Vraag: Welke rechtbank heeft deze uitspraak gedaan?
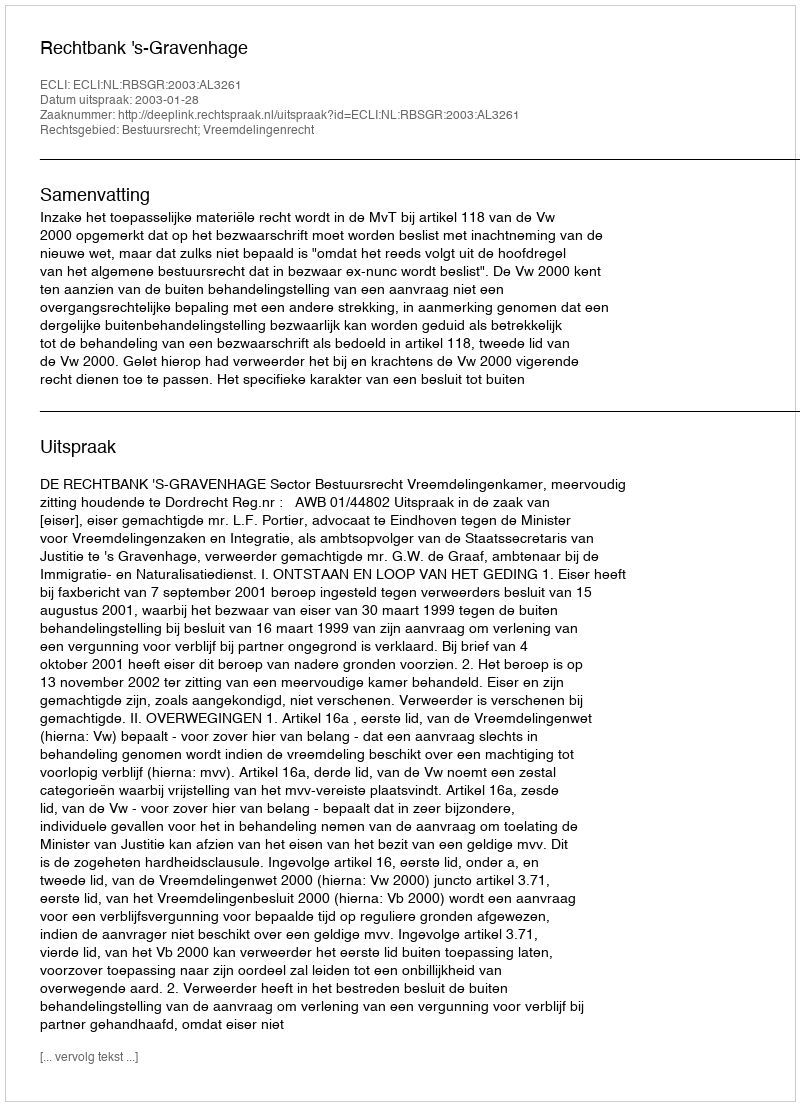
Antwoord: Rechtbank 's-Gravenhage